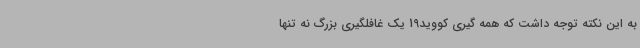
به این نکته توجه داشت که همه گیری کووید19 یک غافلگیری بزرگ نه تنها